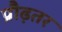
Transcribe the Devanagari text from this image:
प्रौढ़तर